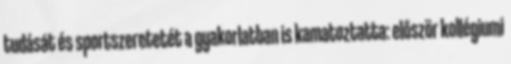
tudását és sportszeretetét a gyakorlatban is kamatoztatta: először kollégiumi